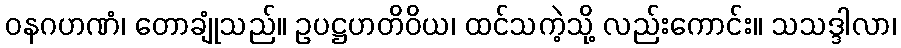
ဝနဂဟဏံ၊ တောချုံသည်။ ဥပဋ္ဌဟတိဝိယ၊ ထင်သကဲ့သို့ လည်းကောင်း။ သသဒ္ဒါလာ၊